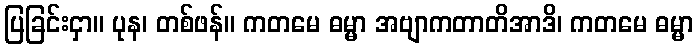
ပြခြင်းငှာ။ ပုန၊ တစ်ဖန်။ ကတမေ ဓမ္မာ အဗျာကတာတိအာဒိ၊ ကတမေ ဓမ္မာ